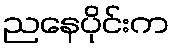
ညနေပိုင်းက